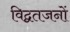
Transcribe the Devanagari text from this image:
विद्वतजनों